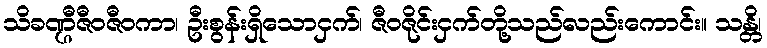
သိခဏ္ဌီဇီဝဇီဝကာ၊ ဦးစွန်းရှိသောငှက်၊ ဇီဝဇိုင်းငှက်တို့သည်လည်းကောင်း။ သန္တိ၊